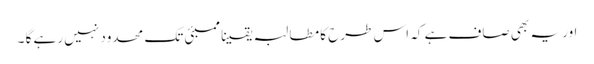
اور یہ بھی صاف ہے کہ اس طرح کا مطالبہ یقینا ممبئی تک محدود نہیں رہے گا ۔